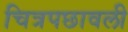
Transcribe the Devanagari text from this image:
चित्रपछावली